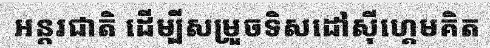
អន្តរជាតិ ដើម្បីសម្រួចទិសដៅស៊ីហ្គេមគិត